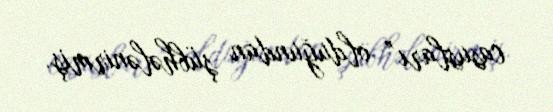
casusları” olduğundan şübhələnirmiş.